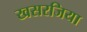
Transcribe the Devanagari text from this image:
खसरजिया